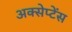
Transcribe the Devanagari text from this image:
अक्सेप्टेंस